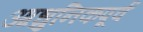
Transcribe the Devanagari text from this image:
आधुनिकपूर्व